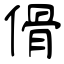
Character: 傦